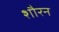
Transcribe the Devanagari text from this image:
शौरन